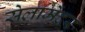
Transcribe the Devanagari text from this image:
सेलामेंदर